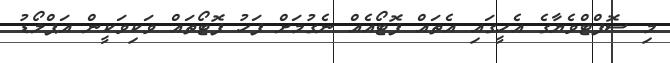
މި ސޮފްޓްވެޔާގެ އެހީގައި އެތައް ފޮޓޯއެއް ނެގުމަށް ފަހު ފޮޓޯތައް ވަކިވަކީން އަޕްލޯޑު